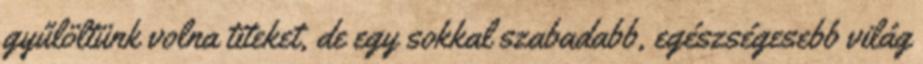
gyűlöltünk volna titeket, de egy sokkal szabadabb, egészségesebb világ